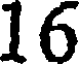
16